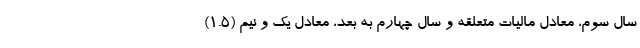
سال سوم، معادل مالیات متعلقه و سال چهارم به بعد، معادل یک و نیم (۱.۵)